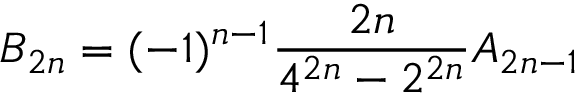
B _ { 2 n } = ( - 1 ) ^ { n - 1 } { \frac { 2 n } { 4 ^ { 2 n } - 2 ^ { 2 n } } } A _ { 2 n - 1 }